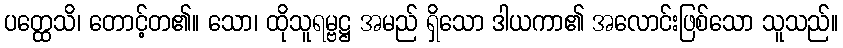
ပတ္ထေသိ၊ တောင့်တ၏။ သော၊ ထိုသူရမ္ဗဋ္ဌ အမည် ရှိသော ဒါယကာ၏ အလောင်းဖြစ်သော သူသည်။